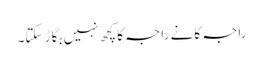
راجہ کانے راجہ کا کچھ نہیں بگاڑ سکتا۔